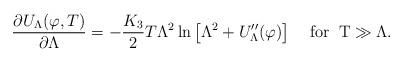
LaTeX: \begin{align*}\frac{\partial U_{\Lambda}(\varphi,T)}{\partial\Lambda}=-\frac{K_{3}}{2}T\Lambda^{2}\ln \left[\Lambda^{2}+U^{\prime\prime}_{\Lambda} (\varphi)\right]\;\;\;\; {\rm for\;\;T\gg\Lambda}. \end{align*}